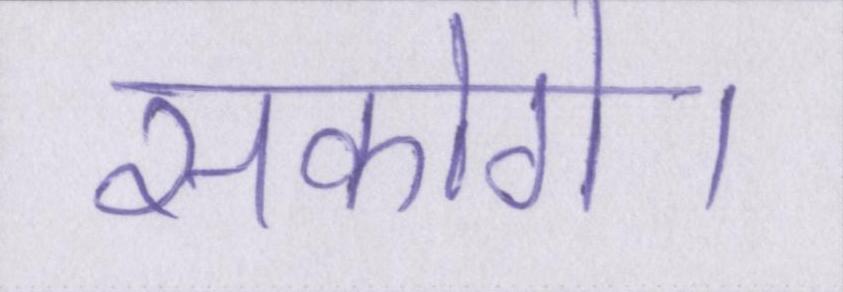
सकोगे।